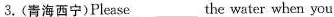
3.(青海西宁)Please__the water when you